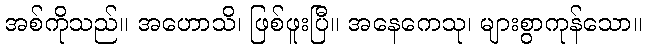
အစ်ကိုသည်။ အဟောသိ၊ ဖြစ်ဖူးပြီ။ အနေကေသု၊ များစွာကုန်သော။